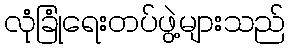
လုံခြုံရေးတပ်ဖွဲ့များသည်